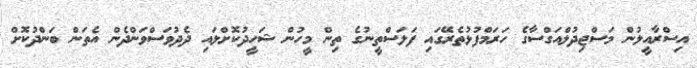
އިސްރާއީލުން މަސްޖިދުލްއަގްސާގެ ހަރަމްފުޅުތެރޭގައި ފަލަސްތީނުގެ ތިން މީހުން ޝަހީދުކޮށްލައި ދެދުވަސްވަންދެން އެތަން ބަންދުކޮށް